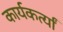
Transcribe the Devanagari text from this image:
कार्यकर्त्यां